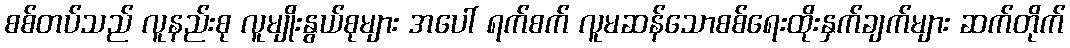
စစ်တပ်သည် လူနည်းစု လူမျိုးနွယ်စုများ အပေါ် ရက်စက် လူမဆန်သောစစ်ရေးထိုးနှက်ချက်များ ဆက်တိုက်